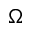
\Omega